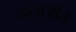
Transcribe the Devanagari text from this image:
होनाजींचे